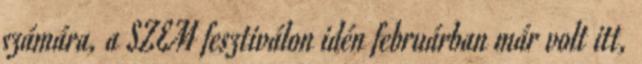
számára, a SZEM fesztiválon idén februárban már volt itt,